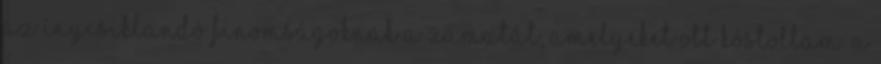
az ínycsiklandó finomságoknak a zamatát, amelyeket ott kóstoltam. A